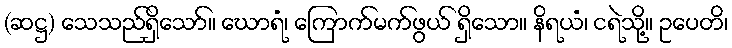
(ဆဋ္ဌ) သေသည်ရှိသော်။ ဃောရံ၊ ကြောက်မက်ဖွယ် ရှိသော။ နိရယံ၊ ငရဲသို့။ ဥပေတိ၊